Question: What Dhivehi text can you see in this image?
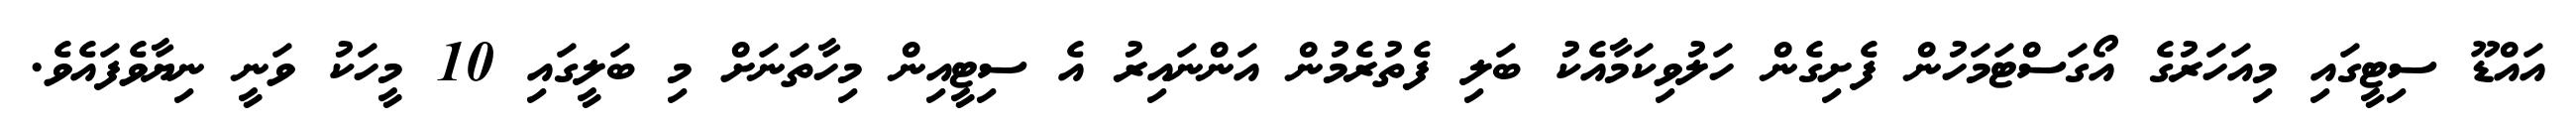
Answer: އައްޑޫ ސިޓީގައި މިއަހަރުގެ އޯގަސްޓަމަހުން ފެށިގެން ހަލުވިކަމާއެކު ބަލި ފެތުރެމުން އަންނައިރު އެ ސިޓީއިން މިހާތަނަށް މި ބަލީގައި 10 މީހަކު ވަނީ ނިޔާވެފައެވެ.